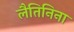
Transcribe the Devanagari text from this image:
लैतिनिना